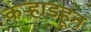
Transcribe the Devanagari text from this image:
कर्‍हाडहून